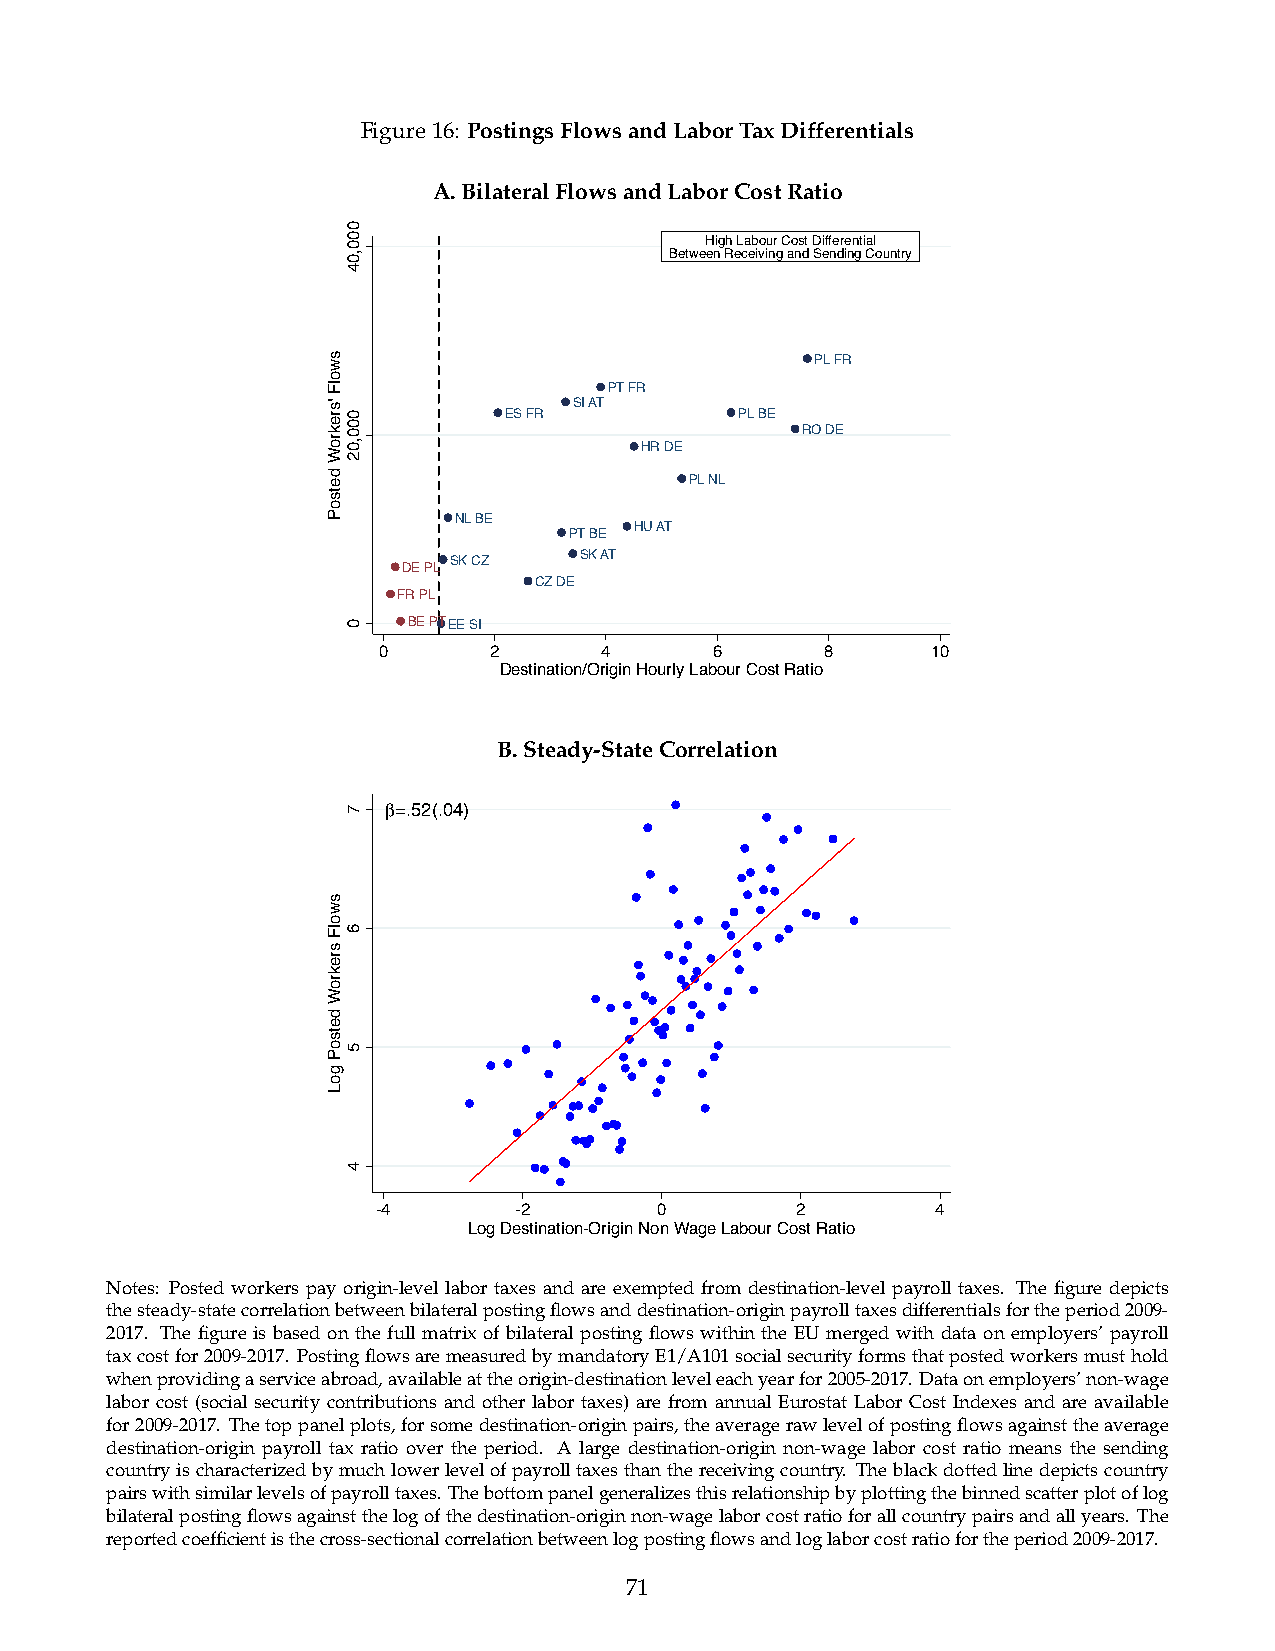
Figure16: PostingsFlowsandLaborTaxDifferentials
 A.BilateralFlowsandLaborCostRatio
 High Labour Cost Differential
 Between Receiving and Sending Country
 PL FR
 PT FR
 SI AT
 ES FR           PL BE
 RO DE
 HR DE
 PL NL
 NL BE
 PT BE HU AT
 SK CZ   SK AT
 DE PL
 CZ DE
 FR PL
 BE PTEE SI
 0      2       4      6       8      10
 Destination/Origin Hourly Labour Cost Ratio
 B.Steady-StateCorrelation
 β=.52(.04)
 -4       -2       0         2        4
 Log Destination-Origin Non Wage Labour Cost Ratio
 Notes: Posted workers pay origin-level labor taxes and are exempted from destination-level payroll taxes. The figure depicts
 thesteady-statecorrelationbetweenbilateralpostingflowsanddestination-originpayrolltaxesdifferentialsfortheperiod2009-
 2017. The figure is based on the full matrix of bilateral posting flows within the EU merged with data on employers’ payroll
 taxcostfor2009-2017. PostingflowsaremeasuredbymandatoryE1/A101socialsecurityformsthatpostedworkersmusthold
 whenprovidingaserviceabroad,availableattheorigin-destinationleveleachyearfor2005-2017.Dataonemployers’non-wage
 labor cost (social security contributions and other labor taxes) are from annual Eurostat Labor Cost Indexes and are available
 for2009-2017. Thetoppanelplots,forsomedestination-originpairs,theaveragerawlevelofpostingflowsagainsttheaverage
 destination-origin payroll tax ratio over the period. A large destination-origin non-wage labor cost ratio means the sending
 countryischaracterizedbymuchlowerlevelofpayrolltaxesthanthereceivingcountry. Theblackdottedlinedepictscountry
 pairswithsimilarlevelsofpayrolltaxes. Thebottompanelgeneralizesthisrelationshipbyplottingthebinnedscatterplotoflog
 bilateralpostingflowsagainstthelogofthedestination-originnon-wagelaborcostratioforallcountrypairsandallyears. The
 reportedcoefficientisthecross-sectionalcorrelationbetweenlogpostingflowsandloglaborcostratiofortheperiod2009-2017.
 71
 swolF
 'srekroW
 detsoP
 swolF
 srekroW
 detsoP
 goL
 000,04
 000,02
 0
 7
 6
 5
 4